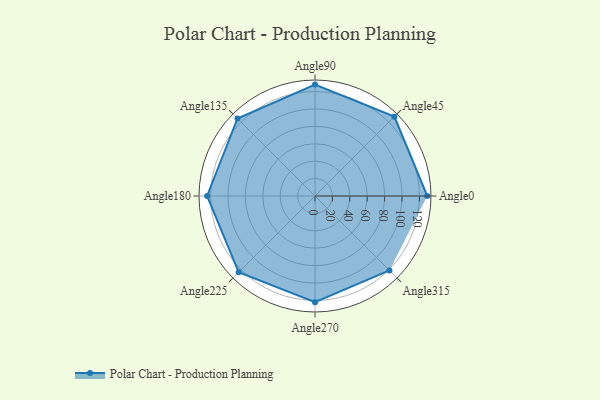
{"axis": {"x": "Angle", "y": "Radius"}, "legend": [""], "data": [{"x": "Angle0", "y": 129.0, "type": ""}, {"x": "Angle45", "y": 129.0, "type": ""}, {"x": "Angle90", "y": 128.0, "type": ""}, {"x": "Angle135", "y": 126.0, "type": ""}, {"x": "Angle180", "y": 124.0, "type": ""}, {"x": "Angle225", "y": 124.0, "type": ""}, {"x": "Angle270", "y": 122.0, "type": ""}, {"x": "Angle315", "y": 121.0, "type": ""}]}